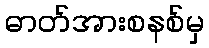
ဓာတ်အားစနစ်မှ